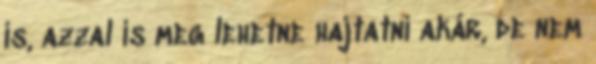
is, azzal is meg lehetne hajtatni akár, de nem